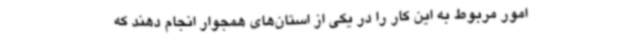
امور مربوط به این کار را در یکی از استان‌های همجوار انجام دهند که